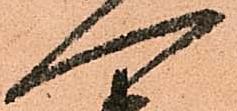
一